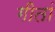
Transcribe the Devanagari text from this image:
गीतां